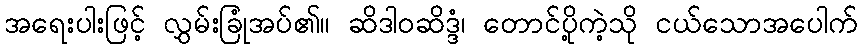
အရေးပါးဖြင့် လွှမ်းခြုံအပ်၏။ ဆိဒါဝဆိဒ္ဒံ၊ တောင်ပို့ကဲ့သို ငယ်သောအပေါက်